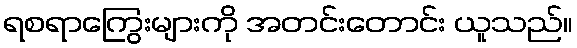
ရစရာကြွေးများကို အတင်းတောင်း ယူသည်။